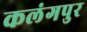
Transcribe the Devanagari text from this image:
कलंगपुर